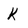
Character: k